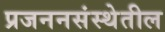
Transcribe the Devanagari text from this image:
प्रजननसंस्थेतील